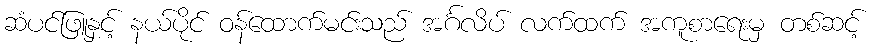
ဆံပင်ဖြူနှင့် နယ်ပိုင် ဝန်ထောက်မင်းသည် အင်္ဂလိပ် လက်ထက် အကူစာရေးမှ တစ်ဆင့်